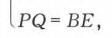
\(PQ = BE\)